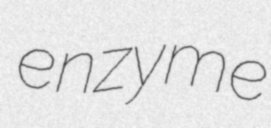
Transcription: enzyme